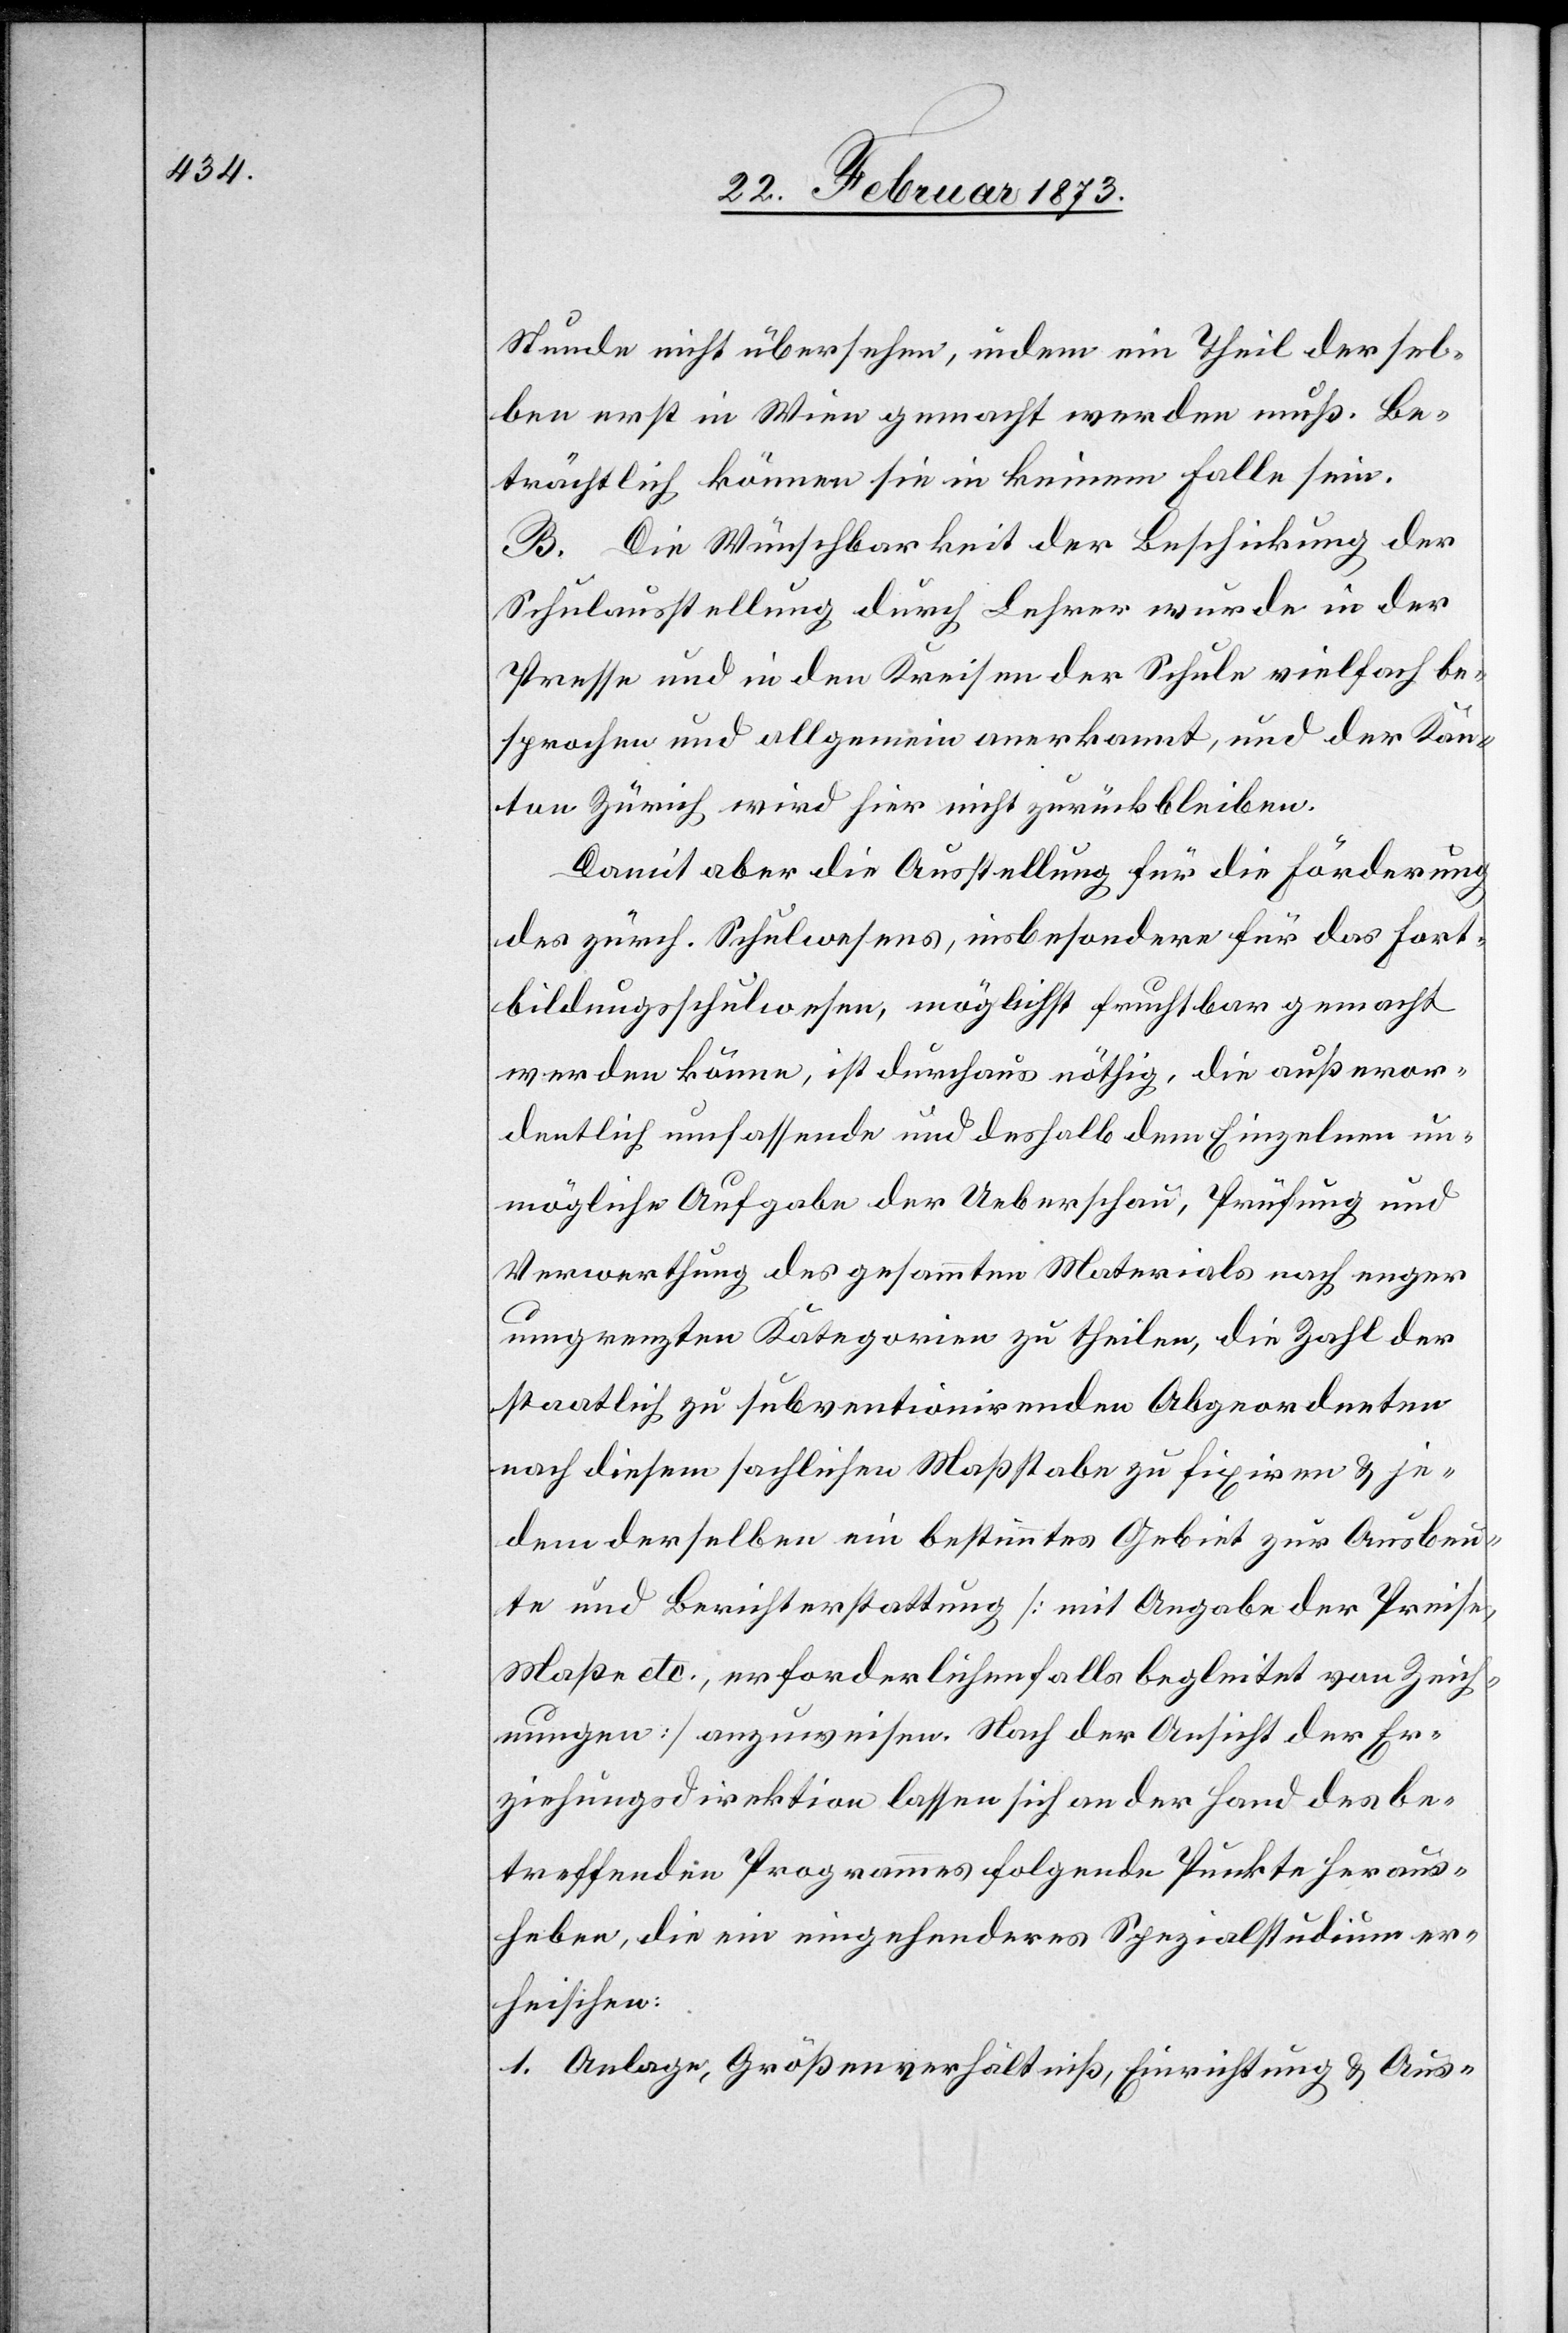
Stunde nicht übersehen, indem ein Theil dersel¬
ben erst in Wien gemacht werden muß. Be¬
trächtlich können sie in keinem Falle sein.
B. Die Wünschbarkeit der Beschickung der
Schulausstellung durch Lehrer wurde in der
Presse und in den Kreisen der Schule vielfach be¬
sprochen und allgemein anerkannt, und der Kan¬
ton Zürich wird hier nicht zurückbleiben.
Damit aber die Ausstellung für die Förderung
des zürch. Schulwesens, insbesondere für das Fort¬
bildungsschulwesen, möglichst fruchtbar gemacht
werden könne, ist durchaus nöthig, die außeror¬
dentlich umfassende und deshalb dem Einzelnen un¬
mögliche Aufgabe der Ueberschau, Prüfung und
Verwerthung des gesammten Materials nach enger
umgrenzten Kategorien zu theilen, die Zahl der
staatlich zu subventionirenden Abgeordneten
nach diesem sachlichen Maßstabe zu fixiren u. je¬
dem derselben ein bestimmtes Gebiet zur Ausbeu¬
te und Berichterstattung [mit Angabe der Preise,
Maße etc., erforderlichenfalls begleitet von Zeich¬
nungen] anzuweisen. Nach der Ansicht der Er¬
ziehungsdirektion lassen sich an der Hand des be¬
treffenden Programmes folgende Punkte heraus¬
heben, die ein eingehenderes Spezialstudium er¬
heischen:
1. Anlage, Größenverhältniß, Einrichtung u. Aus-